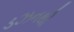
ડઝનથી